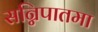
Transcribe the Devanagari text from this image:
सन्निपातमा